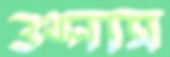
ওথ্‌লাস